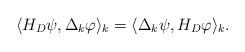
LaTeX: \begin{align*} \langle H_D\psi, \Delta_k\varphi\rangle_k = \langle \Delta_k\psi,H_D\varphi\rangle_k.\end{align*}